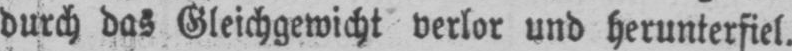
durch das Gleichgewicht verlor und herunterfiel.